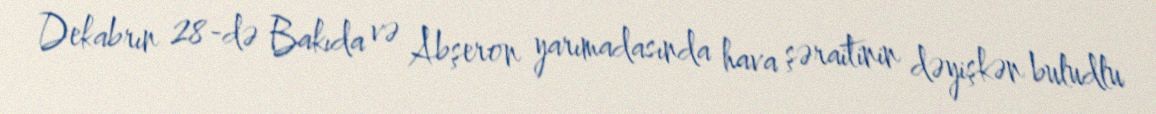
Dekabrın 28-də Bakıda və Abşeron yarımadasında hava şəraitinin dəyişkən buludlu